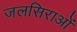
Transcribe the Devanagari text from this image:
जलसिराओं